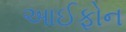
આઈફોન